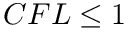
C F L \leq 1